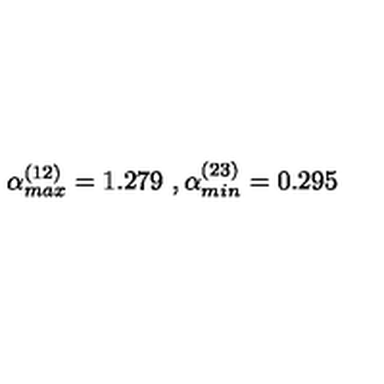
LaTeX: \alpha _ { m a x } ^ { ( 1 2 ) } = 1 . 2 7 9 \ , \alpha _ { m i n } ^ { ( 2 3 ) } = 0 . 2 9 5